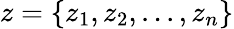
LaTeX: z=\{ z_{1},z_{2},...,z_{n}\}